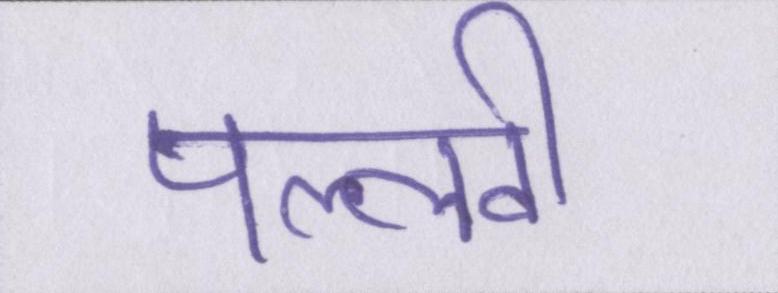
पल्लवी